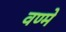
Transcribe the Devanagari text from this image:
वण्मे